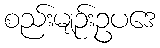
စည်းမျဉ်းဥပဒေ